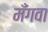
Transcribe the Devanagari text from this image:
मँगवा